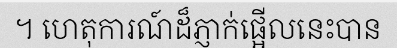
។ ហេតុការណ៍ដ៏ភ្ញាក់ផ្អើលនេះបាន